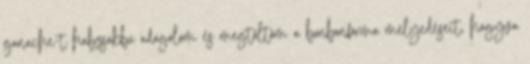
ganache-t habzsákba adagolom és megtöltöm a bonbonforma mélyedéseit, hagyva